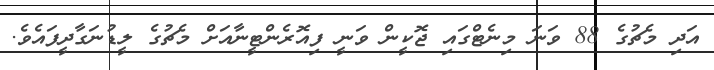
އަދި މެޗުގެ 88 ވަނަ މިނެޓްގައި ޖޮކީން ވަނީ ފިއޮރެންޓީނާއަށް މެޗުގެ ލީޑުނަގާދީފައެވެ.